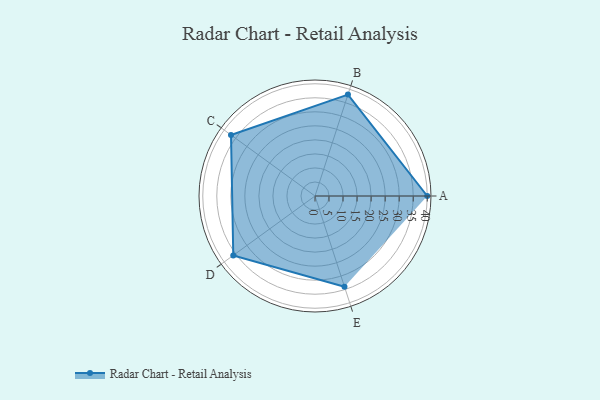
{"axis": {"x": "Skill", "y": "Score"}, "legend": ["Profile"], "data": [{"x": "A", "y": 40.0, "type": "Profile"}, {"x": "B", "y": 38.0, "type": "Profile"}, {"x": "C", "y": 37.0, "type": "Profile"}, {"x": "D", "y": 36.0, "type": "Profile"}, {"x": "E", "y": 34.0, "type": "Profile"}]}